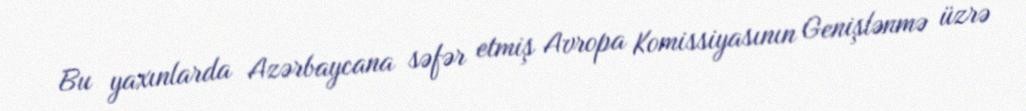
Bu yaxınlarda Azərbaycana səfər etmiş Avropa Komissiyasının Genişlənmə üzrə